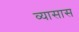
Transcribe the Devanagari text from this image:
व्यासास